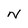
Character: N